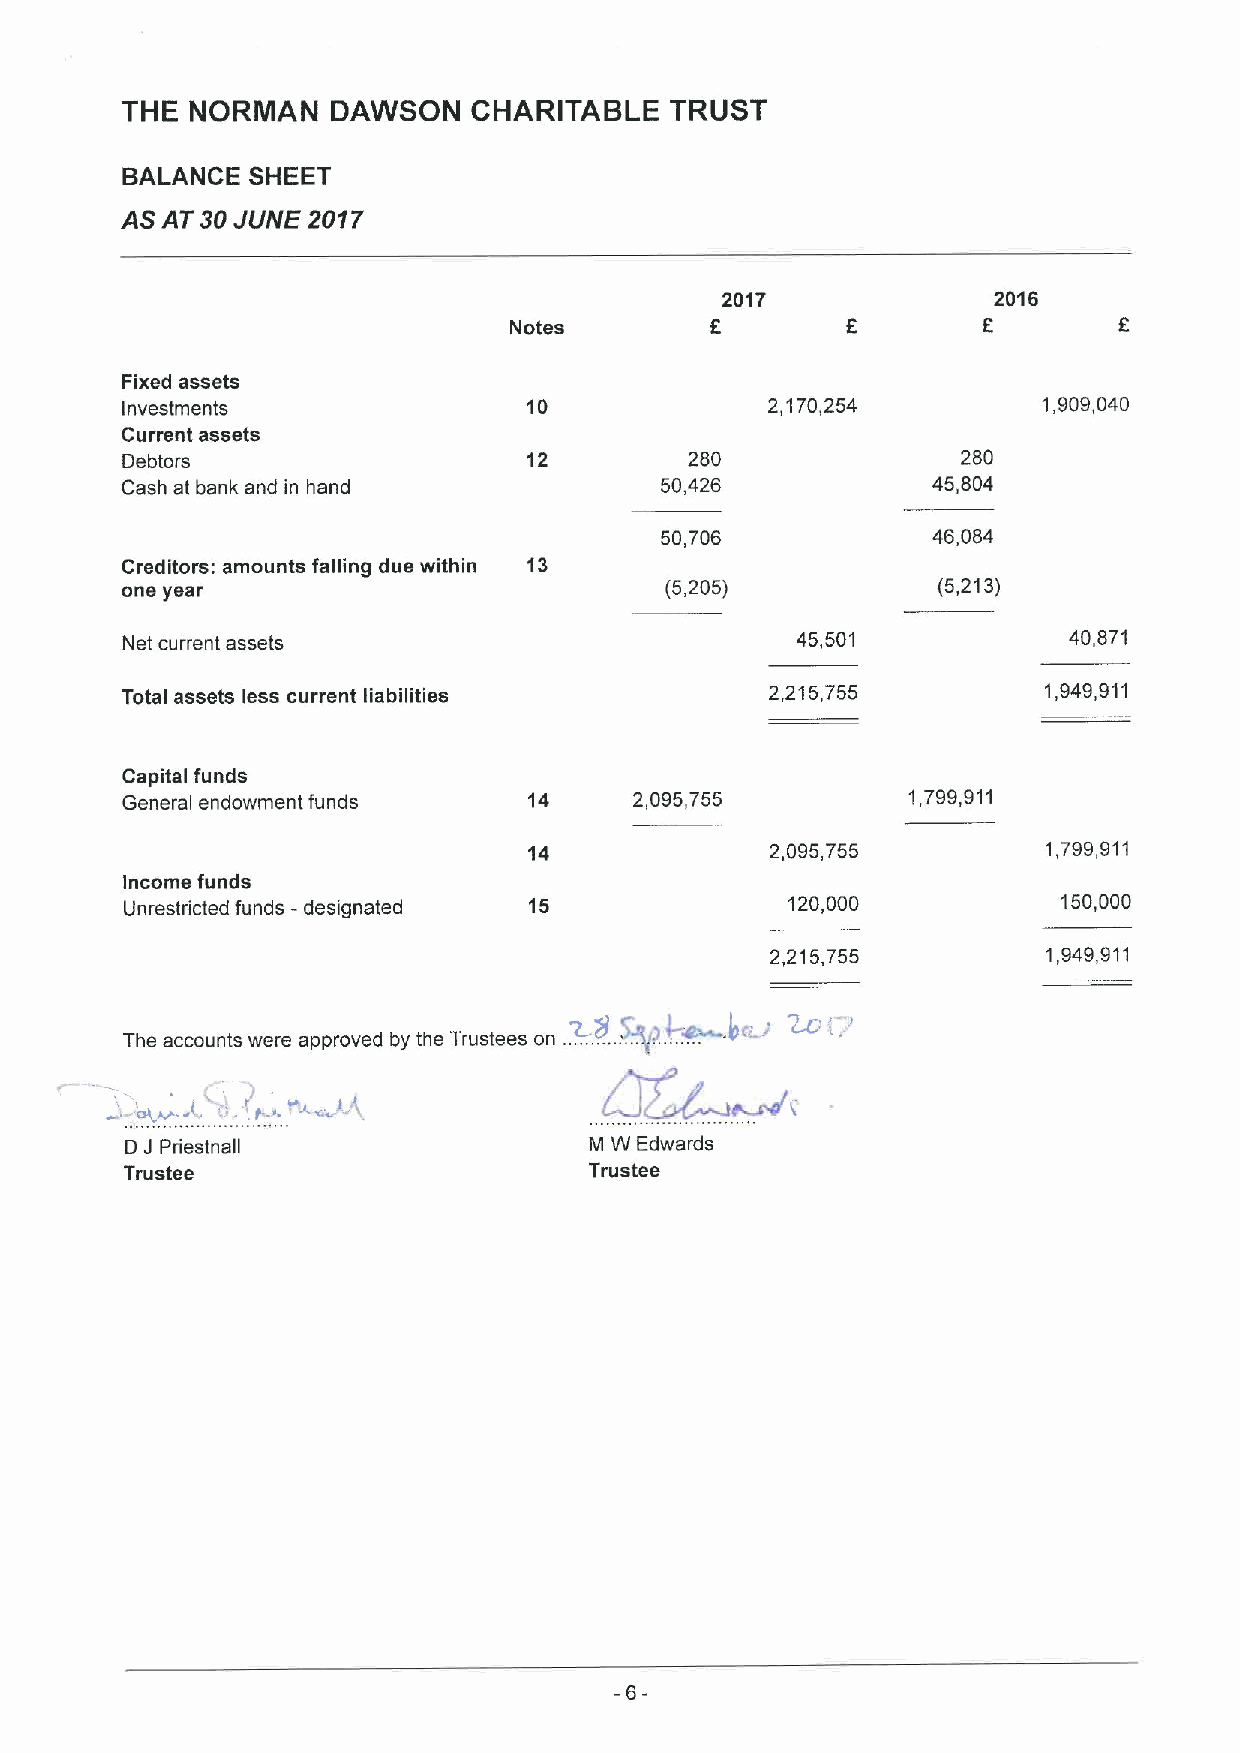
THE  NORMAN   DAWSON   CHARITABLE   TRUST
 BALANCE SHEET
 AS AT 30JUNE 2017
 2017              2016
 Notes
 Fixed assets
 Investments                10              2,170,254         1,909,040
 Current assets
 Debtors                    12         280               280
 Cash at bank and in hand            50,426            45,804
 50,706            46,084
 Creditors: amounts falling due within 13
 one year                            (5,205)           (5,213)
 Net current assets                           45,501            40,871
 Total assets less current liabilities      2,215,755         1,949,911
 Capital funds
 General endowment funds    14     2,095,755         1,799,911
 14              2,095,755         1,799,911
 Income funds
 Unrestricted funds -designated 15           120,000           150,000
 2,215,755         1,949,911
 The accounts were approved by the Trustees on ......~. .J$&.:.~.
 ' t-".' +» J J
 D J Priestnall                 M W Edwards
 Trustee                        Trustee